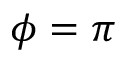
\phi = \pi